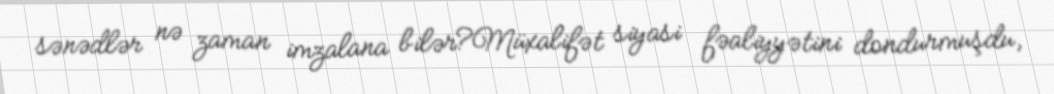
sənədlər nə zaman imzalana bilər?Müxalifət siyasi fəaliyyətini dondurmuşdu,